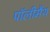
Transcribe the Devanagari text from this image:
पॉलीमैथ